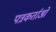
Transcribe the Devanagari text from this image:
पत्रकर्ताओं